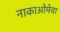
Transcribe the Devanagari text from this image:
नाकाओमेचा